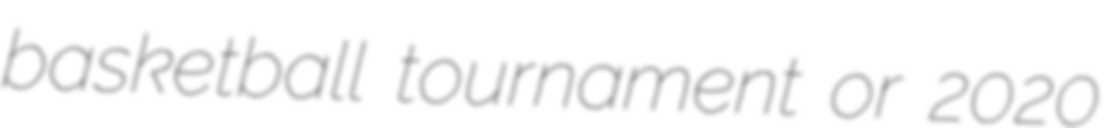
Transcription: basketball tournament or 2020